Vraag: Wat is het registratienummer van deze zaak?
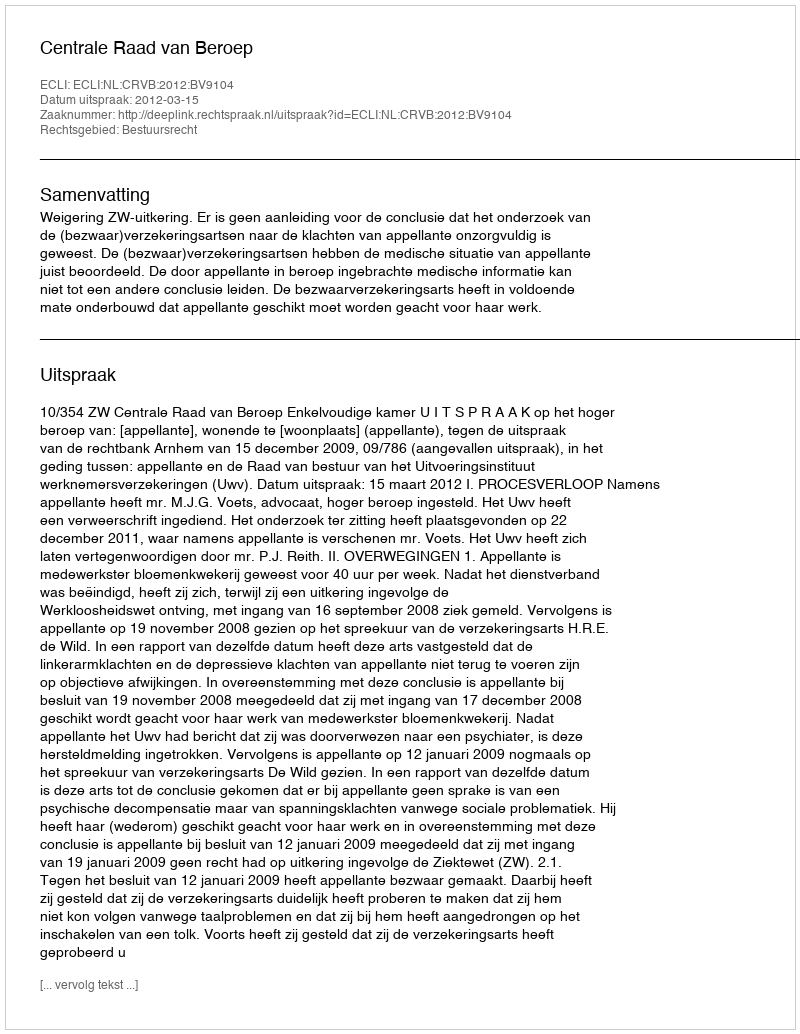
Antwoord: http://deeplink.rechtspraak.nl/uitspraak?id=ECLI:NL:CRVB:2012:BV9104